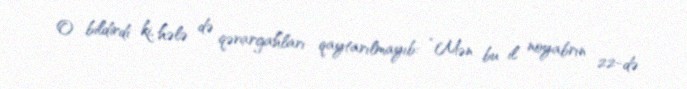
O bildirdi ki, hələ də qərargahları qaytarılmayıb: “Mən bu il noyabrın 22-də